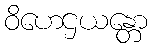
ဝိဟေဌယန္တော